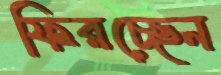
ফিরচ্ছেন